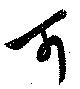
可